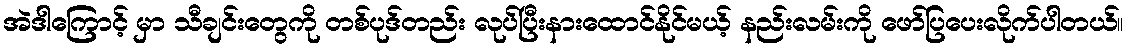
အဲဒါကြောင့် မှာ သီချင်းတွေကို တစ်ပုဒ်တည်း လုပ်ပြီးနားထောင်နိုင်မယ့် နည်းလမ်းကို ဖော်ပြပေးလိုက်ပါတယ်။